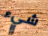
شيء